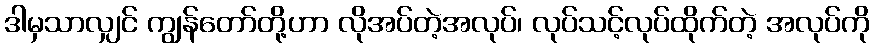
ဒါမှသာလျှင် ကျွန်တော်တို့ဟာ လိုအပ်တဲ့အလုပ်၊ လုပ်သင့်လုပ်ထိုက်တဲ့ အလုပ်ကို